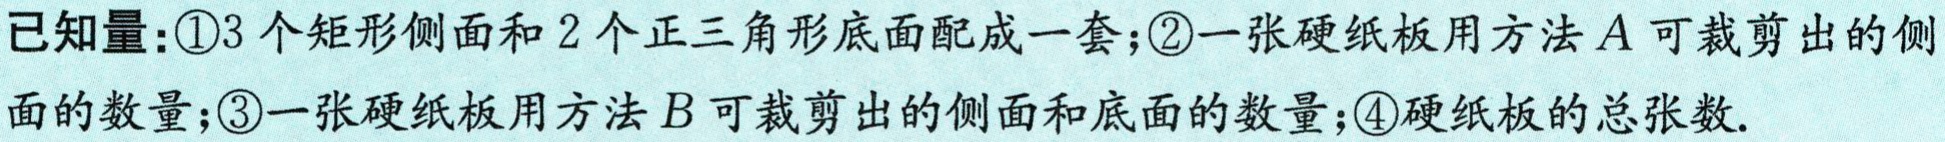
已知量：\textcircled{1}3个矩形侧面和2个正三角形底面配成一套；\textcircled{2}一张硬纸板用方法\(A\)可裁剪出的侧面的数量；\textcircled{3}一张硬纸板用方法\(B\)可裁剪出的侧面和底面的数量；\textcircled{4}硬纸板的总张数.